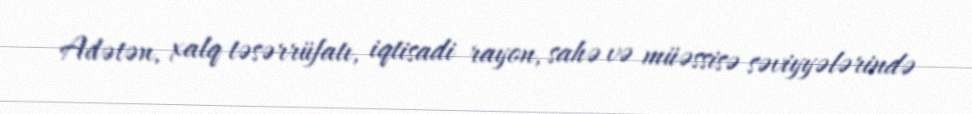
Adətən, xalq təsərrüfatı, iqtisadi rayon, sahə və müəssisə səviyyələrində